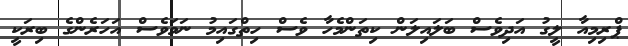
ޕްރިމިއާ ލީގު އަދިވެސް ބަލައިލަން ކިތަންމެހާ ވެސް ހިތްގައިމު ނަމަވެސް އަހަރެންގެ ބިރަކީ